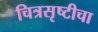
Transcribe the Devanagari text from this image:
चित्रसृष्टीचा